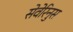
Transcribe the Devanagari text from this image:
सेवेरिनुस